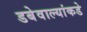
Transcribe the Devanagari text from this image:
डबेवाल्यांकडे